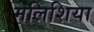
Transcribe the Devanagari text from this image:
मलिशिया